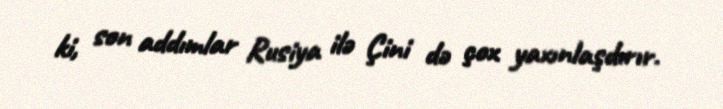
ki, son addımlar Rusiya ilə Çini də çox yaxınlaşdırır.